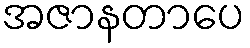
အဇာနတာပေ